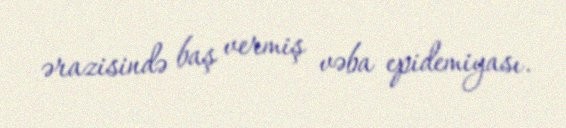
ərazisində baş vermiş vəba epidemiyası.